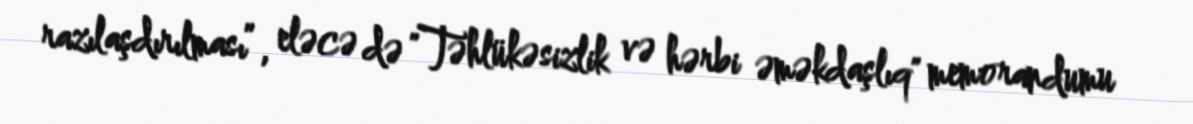
razılaşdırılması”, eləcə də "Təhlükəsizlik və hərbi əməkdaşlıq" memorandumu